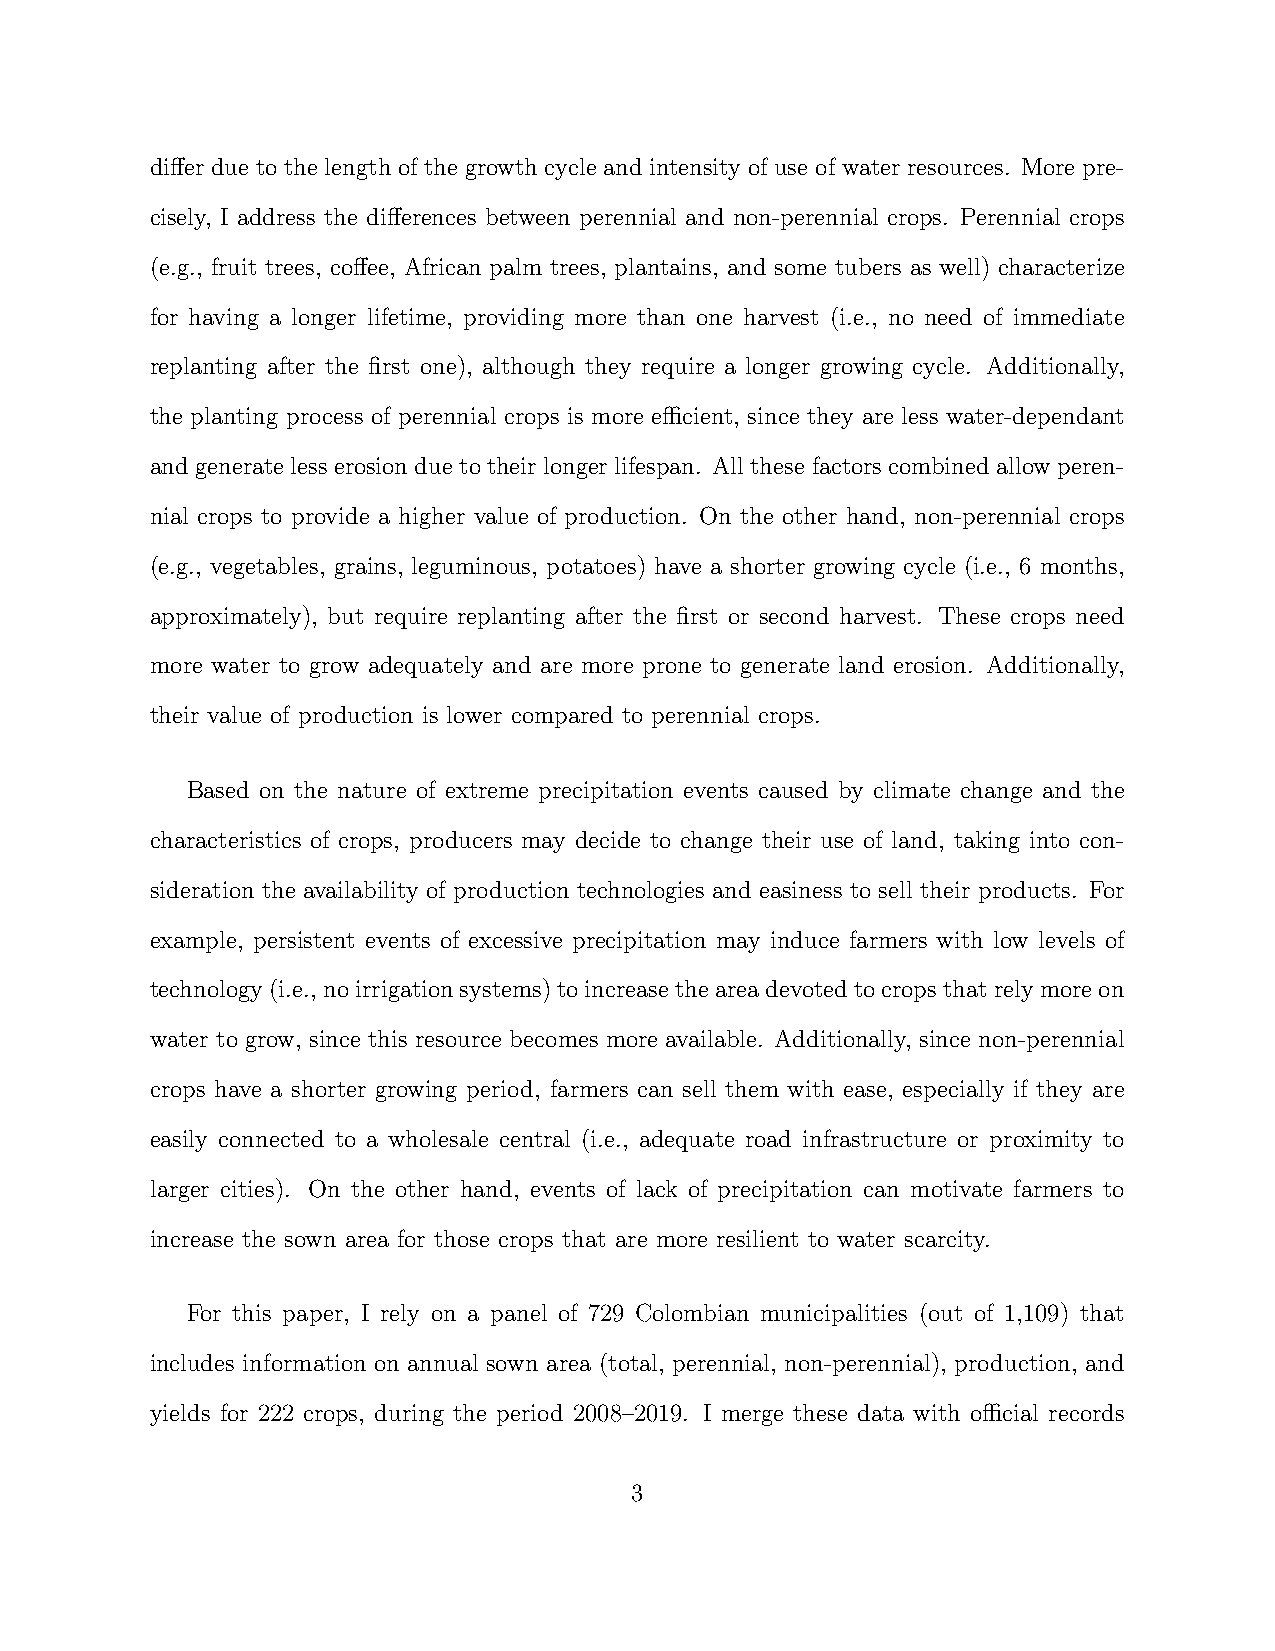
differ due to the length of the growth cycle and intensity of use of water resources. More pre-
 cisely, I address the differences between perennial and non-perennial crops. Perennial crops
 (e.g., fruit trees, coffee, African palm trees, plantains, and some tubers as well) characterize
 for having a longer lifetime, providing more than one harvest (i.e., no need of immediate
 replanting after the first one), although they require a longer growing cycle. Additionally,
 the planting process of perennial crops is more efficient, since they are less water-dependant
 and generate less erosion due to their longer lifespan. All these factors combined allow peren-
 nial crops to provide a higher value of production. On the other hand, non-perennial crops
 (e.g., vegetables, grains, leguminous, potatoes) have a shorter growing cycle (i.e., 6 months,
 approximately), but require replanting after the first or second harvest. These crops need
 more water to grow adequately and are more prone to generate land erosion. Additionally,
 their value of production is lower compared to perennial crops.
 Based on the nature of extreme precipitation events caused by climate change and the
 characteristics of crops, producers may decide to change their use of land, taking into con-
 sideration the availability of production technologies and easiness to sell their products. For
 example, persistent events of excessive precipitation may induce farmers with low levels of
 technology(i.e., noirrigationsystems)toincreasetheareadevotedtocropsthatrelymoreon
 water to grow, since this resource becomes more available. Additionally, since non-perennial
 crops have a shorter growing period, farmers can sell them with ease, especially if they are
 easily connected to a wholesale central (i.e., adequate road infrastructure or proximity to
 larger cities). On the other hand, events of lack of precipitation can motivate farmers to
 increase the sown area for those crops that are more resilient to water scarcity.
 For this paper, I rely on a panel of 729 Colombian municipalities (out of 1,109) that
 includes information on annual sown area (total, perennial, non-perennial), production, and
 yields for 222 crops, during the period 2008–2019. I merge these data with official records
 3